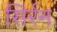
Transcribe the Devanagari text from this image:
सिर्रन